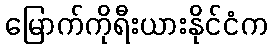
မြောက်ကိုရီးယားနိုင်ငံက